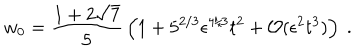
w _ { 0 } = { \frac { 1 + 2 \sqrt { 7 } } { 5 } } \left( 1 + 5 ^ { 2 / 3 } \epsilon ^ { 4 / 3 } t ^ { 2 } + { \cal O } ( \epsilon ^ { 2 } t ^ { 3 } ) \right) \ .